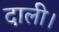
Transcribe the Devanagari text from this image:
दाली।